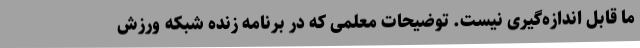
ما قابل اندازه‌گیری نیست. توضیحات معلمی که در برنامه زنده شبکه ورزش